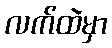
လက်ထဲမှာ